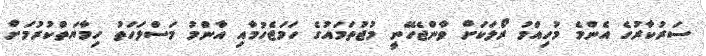
ސަރުކާރުގެ އެންމެ މުހިއްމު ރޯލަކަށް ވާންޖެހޭނީ މުޖުތަމައުގެ ހަމަޖެހުމާއި އާންމު މަސްލަހަތު ހިމާޔަތްކުރުމަށް